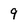
Character: 9